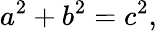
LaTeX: a^{2}+b^{2}=c^{2},